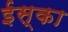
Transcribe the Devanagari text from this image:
ईस्का